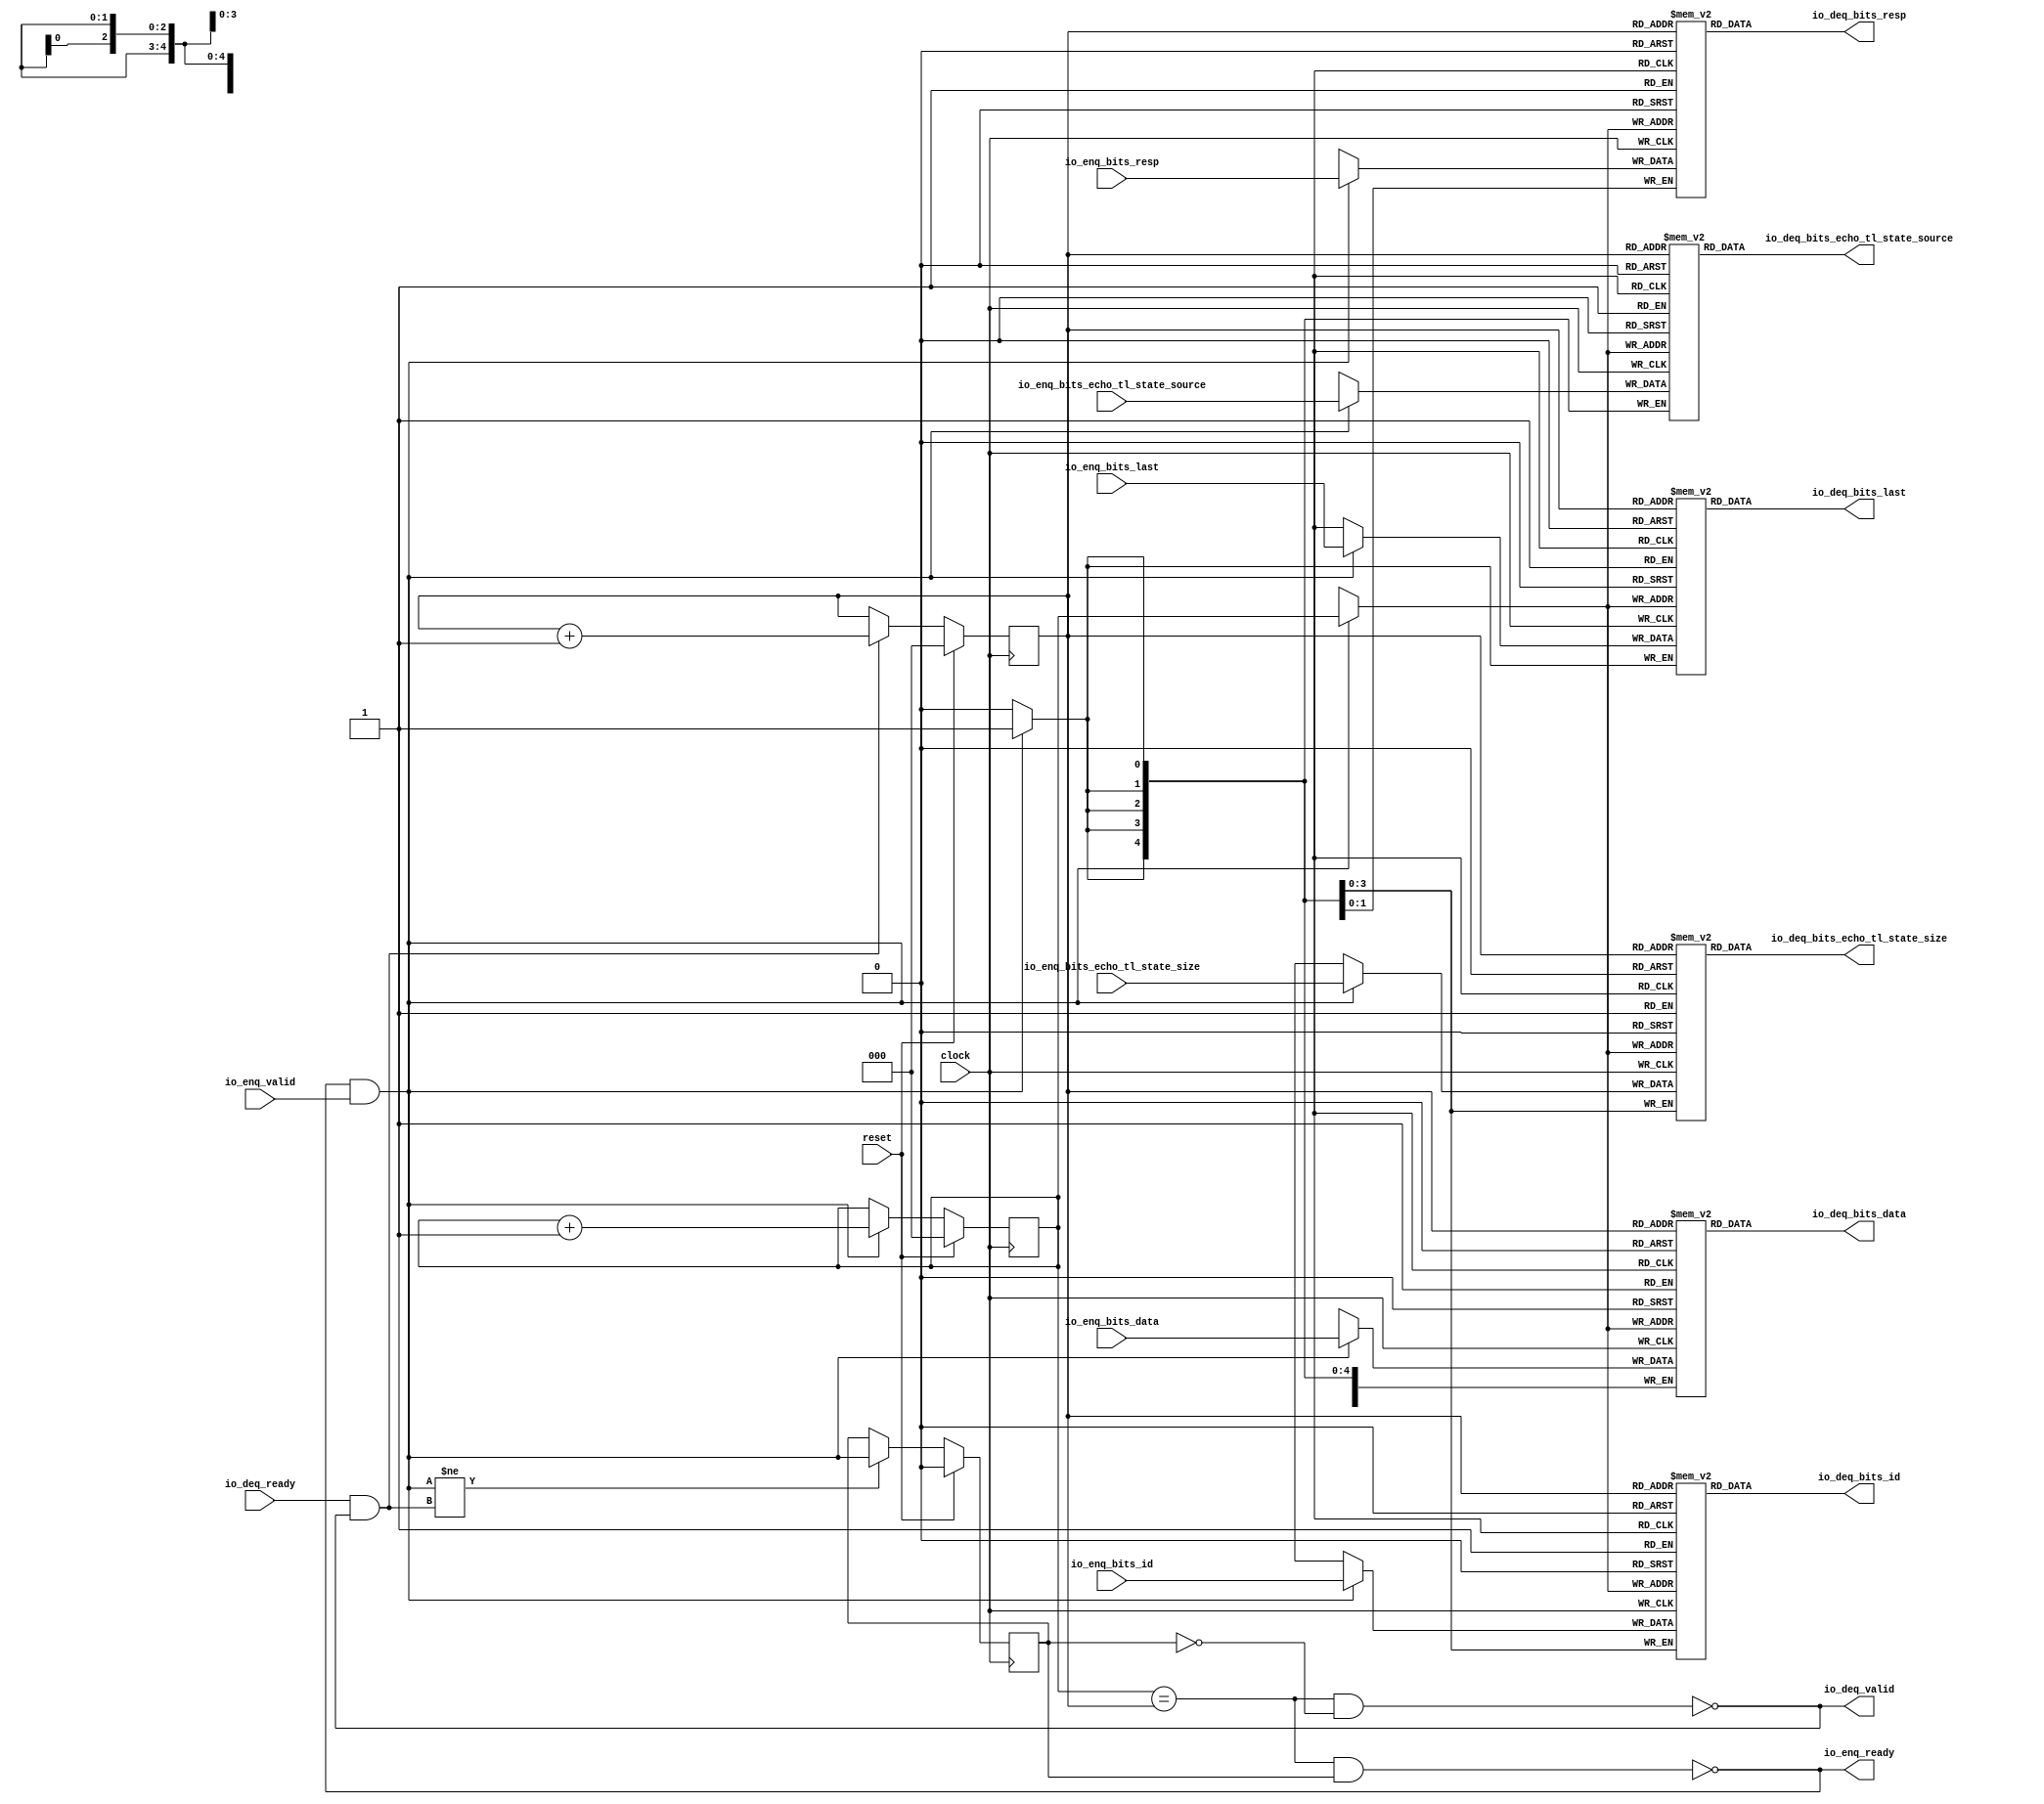
module Queue_5(
  input         clock,
  input         reset,
  output        io_enq_ready,
  input         io_enq_valid,
  input  [3:0]  io_enq_bits_id,
  input  [63:0] io_enq_bits_data,
  input  [1:0]  io_enq_bits_resp,
  input  [3:0]  io_enq_bits_echo_tl_state_size,
  input  [4:0]  io_enq_bits_echo_tl_state_source,
  input         io_enq_bits_last,
  input         io_deq_ready,
  output        io_deq_valid,
  output [3:0]  io_deq_bits_id,
  output [63:0] io_deq_bits_data,
  output [1:0]  io_deq_bits_resp,
  output [3:0]  io_deq_bits_echo_tl_state_size,
  output [4:0]  io_deq_bits_echo_tl_state_source,
  output        io_deq_bits_last
);
`ifdef RANDOMIZE_MEM_INIT
  reg [31:0] _RAND_0;
  reg [63:0] _RAND_1;
  reg [31:0] _RAND_2;
  reg [31:0] _RAND_3;
  reg [31:0] _RAND_4;
  reg [31:0] _RAND_5;
`endif // RANDOMIZE_MEM_INIT
`ifdef RANDOMIZE_REG_INIT
  reg [31:0] _RAND_6;
  reg [31:0] _RAND_7;
  reg [31:0] _RAND_8;
`endif // RANDOMIZE_REG_INIT
  reg [3:0] ram_id [0:7]; // @[Decoupled.scala 259:95]
  wire  ram_id_io_deq_bits_MPORT_en; // @[Decoupled.scala 259:95]
  wire [2:0] ram_id_io_deq_bits_MPORT_addr; // @[Decoupled.scala 259:95]
  wire [3:0] ram_id_io_deq_bits_MPORT_data; // @[Decoupled.scala 259:95]
  wire [3:0] ram_id_MPORT_data; // @[Decoupled.scala 259:95]
  wire [2:0] ram_id_MPORT_addr; // @[Decoupled.scala 259:95]
  wire  ram_id_MPORT_mask; // @[Decoupled.scala 259:95]
  wire  ram_id_MPORT_en; // @[Decoupled.scala 259:95]
  reg [63:0] ram_data [0:7]; // @[Decoupled.scala 259:95]
  wire  ram_data_io_deq_bits_MPORT_en; // @[Decoupled.scala 259:95]
  wire [2:0] ram_data_io_deq_bits_MPORT_addr; // @[Decoupled.scala 259:95]
  wire [63:0] ram_data_io_deq_bits_MPORT_data; // @[Decoupled.scala 259:95]
  wire [63:0] ram_data_MPORT_data; // @[Decoupled.scala 259:95]
  wire [2:0] ram_data_MPORT_addr; // @[Decoupled.scala 259:95]
  wire  ram_data_MPORT_mask; // @[Decoupled.scala 259:95]
  wire  ram_data_MPORT_en; // @[Decoupled.scala 259:95]
  reg [1:0] ram_resp [0:7]; // @[Decoupled.scala 259:95]
  wire  ram_resp_io_deq_bits_MPORT_en; // @[Decoupled.scala 259:95]
  wire [2:0] ram_resp_io_deq_bits_MPORT_addr; // @[Decoupled.scala 259:95]
  wire [1:0] ram_resp_io_deq_bits_MPORT_data; // @[Decoupled.scala 259:95]
  wire [1:0] ram_resp_MPORT_data; // @[Decoupled.scala 259:95]
  wire [2:0] ram_resp_MPORT_addr; // @[Decoupled.scala 259:95]
  wire  ram_resp_MPORT_mask; // @[Decoupled.scala 259:95]
  wire  ram_resp_MPORT_en; // @[Decoupled.scala 259:95]
  reg [3:0] ram_echo_tl_state_size [0:7]; // @[Decoupled.scala 259:95]
  wire  ram_echo_tl_state_size_io_deq_bits_MPORT_en; // @[Decoupled.scala 259:95]
  wire [2:0] ram_echo_tl_state_size_io_deq_bits_MPORT_addr; // @[Decoupled.scala 259:95]
  wire [3:0] ram_echo_tl_state_size_io_deq_bits_MPORT_data; // @[Decoupled.scala 259:95]
  wire [3:0] ram_echo_tl_state_size_MPORT_data; // @[Decoupled.scala 259:95]
  wire [2:0] ram_echo_tl_state_size_MPORT_addr; // @[Decoupled.scala 259:95]
  wire  ram_echo_tl_state_size_MPORT_mask; // @[Decoupled.scala 259:95]
  wire  ram_echo_tl_state_size_MPORT_en; // @[Decoupled.scala 259:95]
  reg [4:0] ram_echo_tl_state_source [0:7]; // @[Decoupled.scala 259:95]
  wire  ram_echo_tl_state_source_io_deq_bits_MPORT_en; // @[Decoupled.scala 259:95]
  wire [2:0] ram_echo_tl_state_source_io_deq_bits_MPORT_addr; // @[Decoupled.scala 259:95]
  wire [4:0] ram_echo_tl_state_source_io_deq_bits_MPORT_data; // @[Decoupled.scala 259:95]
  wire [4:0] ram_echo_tl_state_source_MPORT_data; // @[Decoupled.scala 259:95]
  wire [2:0] ram_echo_tl_state_source_MPORT_addr; // @[Decoupled.scala 259:95]
  wire  ram_echo_tl_state_source_MPORT_mask; // @[Decoupled.scala 259:95]
  wire  ram_echo_tl_state_source_MPORT_en; // @[Decoupled.scala 259:95]
  reg  ram_last [0:7]; // @[Decoupled.scala 259:95]
  wire  ram_last_io_deq_bits_MPORT_en; // @[Decoupled.scala 259:95]
  wire [2:0] ram_last_io_deq_bits_MPORT_addr; // @[Decoupled.scala 259:95]
  wire  ram_last_io_deq_bits_MPORT_data; // @[Decoupled.scala 259:95]
  wire  ram_last_MPORT_data; // @[Decoupled.scala 259:95]
  wire [2:0] ram_last_MPORT_addr; // @[Decoupled.scala 259:95]
  wire  ram_last_MPORT_mask; // @[Decoupled.scala 259:95]
  wire  ram_last_MPORT_en; // @[Decoupled.scala 259:95]
  reg [2:0] enq_ptr_value; // @[Counter.scala 62:40]
  reg [2:0] deq_ptr_value; // @[Counter.scala 62:40]
  reg  maybe_full; // @[Decoupled.scala 262:27]
  wire  ptr_match = enq_ptr_value == deq_ptr_value; // @[Decoupled.scala 263:33]
  wire  empty = ptr_match & ~maybe_full; // @[Decoupled.scala 264:25]
  wire  full = ptr_match & maybe_full; // @[Decoupled.scala 265:24]
  wire  do_enq = io_enq_ready & io_enq_valid; // @[Decoupled.scala 50:35]
  wire  do_deq = io_deq_ready & io_deq_valid; // @[Decoupled.scala 50:35]
  wire [2:0] _value_T_1 = enq_ptr_value + 3'h1; // @[Counter.scala 78:24]
  wire [2:0] _value_T_3 = deq_ptr_value + 3'h1; // @[Counter.scala 78:24]
  assign ram_id_io_deq_bits_MPORT_en = 1'h1;
  assign ram_id_io_deq_bits_MPORT_addr = deq_ptr_value;
  assign ram_id_io_deq_bits_MPORT_data = ram_id[ram_id_io_deq_bits_MPORT_addr]; // @[Decoupled.scala 259:95]
  assign ram_id_MPORT_data = io_enq_bits_id;
  assign ram_id_MPORT_addr = enq_ptr_value;
  assign ram_id_MPORT_mask = 1'h1;
  assign ram_id_MPORT_en = io_enq_ready & io_enq_valid;
  assign ram_data_io_deq_bits_MPORT_en = 1'h1;
  assign ram_data_io_deq_bits_MPORT_addr = deq_ptr_value;
  assign ram_data_io_deq_bits_MPORT_data = ram_data[ram_data_io_deq_bits_MPORT_addr]; // @[Decoupled.scala 259:95]
  assign ram_data_MPORT_data = io_enq_bits_data;
  assign ram_data_MPORT_addr = enq_ptr_value;
  assign ram_data_MPORT_mask = 1'h1;
  assign ram_data_MPORT_en = io_enq_ready & io_enq_valid;
  assign ram_resp_io_deq_bits_MPORT_en = 1'h1;
  assign ram_resp_io_deq_bits_MPORT_addr = deq_ptr_value;
  assign ram_resp_io_deq_bits_MPORT_data = ram_resp[ram_resp_io_deq_bits_MPORT_addr]; // @[Decoupled.scala 259:95]
  assign ram_resp_MPORT_data = io_enq_bits_resp;
  assign ram_resp_MPORT_addr = enq_ptr_value;
  assign ram_resp_MPORT_mask = 1'h1;
  assign ram_resp_MPORT_en = io_enq_ready & io_enq_valid;
  assign ram_echo_tl_state_size_io_deq_bits_MPORT_en = 1'h1;
  assign ram_echo_tl_state_size_io_deq_bits_MPORT_addr = deq_ptr_value;
  assign ram_echo_tl_state_size_io_deq_bits_MPORT_data =
    ram_echo_tl_state_size[ram_echo_tl_state_size_io_deq_bits_MPORT_addr]; // @[Decoupled.scala 259:95]
  assign ram_echo_tl_state_size_MPORT_data = io_enq_bits_echo_tl_state_size;
  assign ram_echo_tl_state_size_MPORT_addr = enq_ptr_value;
  assign ram_echo_tl_state_size_MPORT_mask = 1'h1;
  assign ram_echo_tl_state_size_MPORT_en = io_enq_ready & io_enq_valid;
  assign ram_echo_tl_state_source_io_deq_bits_MPORT_en = 1'h1;
  assign ram_echo_tl_state_source_io_deq_bits_MPORT_addr = deq_ptr_value;
  assign ram_echo_tl_state_source_io_deq_bits_MPORT_data =
    ram_echo_tl_state_source[ram_echo_tl_state_source_io_deq_bits_MPORT_addr]; // @[Decoupled.scala 259:95]
  assign ram_echo_tl_state_source_MPORT_data = io_enq_bits_echo_tl_state_source;
  assign ram_echo_tl_state_source_MPORT_addr = enq_ptr_value;
  assign ram_echo_tl_state_source_MPORT_mask = 1'h1;
  assign ram_echo_tl_state_source_MPORT_en = io_enq_ready & io_enq_valid;
  assign ram_last_io_deq_bits_MPORT_en = 1'h1;
  assign ram_last_io_deq_bits_MPORT_addr = deq_ptr_value;
  assign ram_last_io_deq_bits_MPORT_data = ram_last[ram_last_io_deq_bits_MPORT_addr]; // @[Decoupled.scala 259:95]
  assign ram_last_MPORT_data = io_enq_bits_last;
  assign ram_last_MPORT_addr = enq_ptr_value;
  assign ram_last_MPORT_mask = 1'h1;
  assign ram_last_MPORT_en = io_enq_ready & io_enq_valid;
  assign io_enq_ready = ~full; // @[Decoupled.scala 289:19]
  assign io_deq_valid = ~empty; // @[Decoupled.scala 288:19]
  assign io_deq_bits_id = ram_id_io_deq_bits_MPORT_data; // @[Decoupled.scala 296:17]
  assign io_deq_bits_data = ram_data_io_deq_bits_MPORT_data; // @[Decoupled.scala 296:17]
  assign io_deq_bits_resp = ram_resp_io_deq_bits_MPORT_data; // @[Decoupled.scala 296:17]
  assign io_deq_bits_echo_tl_state_size = ram_echo_tl_state_size_io_deq_bits_MPORT_data; // @[Decoupled.scala 296:17]
  assign io_deq_bits_echo_tl_state_source = ram_echo_tl_state_source_io_deq_bits_MPORT_data; // @[Decoupled.scala 296:17]
  assign io_deq_bits_last = ram_last_io_deq_bits_MPORT_data; // @[Decoupled.scala 296:17]
  always @(posedge clock) begin
    if (ram_id_MPORT_en & ram_id_MPORT_mask) begin
      ram_id[ram_id_MPORT_addr] <= ram_id_MPORT_data; // @[Decoupled.scala 259:95]
    end
    if (ram_data_MPORT_en & ram_data_MPORT_mask) begin
      ram_data[ram_data_MPORT_addr] <= ram_data_MPORT_data; // @[Decoupled.scala 259:95]
    end
    if (ram_resp_MPORT_en & ram_resp_MPORT_mask) begin
      ram_resp[ram_resp_MPORT_addr] <= ram_resp_MPORT_data; // @[Decoupled.scala 259:95]
    end
    if (ram_echo_tl_state_size_MPORT_en & ram_echo_tl_state_size_MPORT_mask) begin
      ram_echo_tl_state_size[ram_echo_tl_state_size_MPORT_addr] <= ram_echo_tl_state_size_MPORT_data; // @[Decoupled.scala 259:95]
    end
    if (ram_echo_tl_state_source_MPORT_en & ram_echo_tl_state_source_MPORT_mask) begin
      ram_echo_tl_state_source[ram_echo_tl_state_source_MPORT_addr] <= ram_echo_tl_state_source_MPORT_data; // @[Decoupled.scala 259:95]
    end
    if (ram_last_MPORT_en & ram_last_MPORT_mask) begin
      ram_last[ram_last_MPORT_addr] <= ram_last_MPORT_data; // @[Decoupled.scala 259:95]
    end
    if (reset) begin // @[Counter.scala 62:40]
      enq_ptr_value <= 3'h0; // @[Counter.scala 62:40]
    end else if (do_enq) begin // @[Decoupled.scala 272:16]
      enq_ptr_value <= _value_T_1; // @[Counter.scala 78:15]
    end
    if (reset) begin // @[Counter.scala 62:40]
      deq_ptr_value <= 3'h0; // @[Counter.scala 62:40]
    end else if (do_deq) begin // @[Decoupled.scala 276:16]
      deq_ptr_value <= _value_T_3; // @[Counter.scala 78:15]
    end
    if (reset) begin // @[Decoupled.scala 262:27]
      maybe_full <= 1'h0; // @[Decoupled.scala 262:27]
    end else if (do_enq != do_deq) begin // @[Decoupled.scala 279:27]
      maybe_full <= do_enq; // @[Decoupled.scala 280:16]
    end
  end
// Register and memory initialization
`ifdef RANDOMIZE_GARBAGE_ASSIGN
`define RANDOMIZE
`endif
`ifdef RANDOMIZE_INVALID_ASSIGN
`define RANDOMIZE
`endif
`ifdef RANDOMIZE_REG_INIT
`define RANDOMIZE
`endif
`ifdef RANDOMIZE_MEM_INIT
`define RANDOMIZE
`endif
`ifndef RANDOM
`define RANDOM $random
`endif
`ifdef RANDOMIZE_MEM_INIT
  integer initvar;
`endif
`ifndef SYNTHESIS
`ifdef FIRRTL_BEFORE_INITIAL
`FIRRTL_BEFORE_INITIAL
`endif
initial begin
  `ifdef RANDOMIZE
    `ifdef INIT_RANDOM
      `INIT_RANDOM
    `endif
    `ifndef VERILATOR
      `ifdef RANDOMIZE_DELAY
        #`RANDOMIZE_DELAY begin end
      `else
        #0.002 begin end
      `endif
    `endif
`ifdef RANDOMIZE_MEM_INIT
  _RAND_0 = {1{`RANDOM}};
  for (initvar = 0; initvar < 8; initvar = initvar+1)
    ram_id[initvar] = _RAND_0[3:0];
  _RAND_1 = {2{`RANDOM}};
  for (initvar = 0; initvar < 8; initvar = initvar+1)
    ram_data[initvar] = _RAND_1[63:0];
  _RAND_2 = {1{`RANDOM}};
  for (initvar = 0; initvar < 8; initvar = initvar+1)
    ram_resp[initvar] = _RAND_2[1:0];
  _RAND_3 = {1{`RANDOM}};
  for (initvar = 0; initvar < 8; initvar = initvar+1)
    ram_echo_tl_state_size[initvar] = _RAND_3[3:0];
  _RAND_4 = {1{`RANDOM}};
  for (initvar = 0; initvar < 8; initvar = initvar+1)
    ram_echo_tl_state_source[initvar] = _RAND_4[4:0];
  _RAND_5 = {1{`RANDOM}};
  for (initvar = 0; initvar < 8; initvar = initvar+1)
    ram_last[initvar] = _RAND_5[0:0];
`endif // RANDOMIZE_MEM_INIT
`ifdef RANDOMIZE_REG_INIT
  _RAND_6 = {1{`RANDOM}};
  enq_ptr_value = _RAND_6[2:0];
  _RAND_7 = {1{`RANDOM}};
  deq_ptr_value = _RAND_7[2:0];
  _RAND_8 = {1{`RANDOM}};
  maybe_full = _RAND_8[0:0];
`endif // RANDOMIZE_REG_INIT
  `endif // RANDOMIZE
end // initial
`ifdef FIRRTL_AFTER_INITIAL
`FIRRTL_AFTER_INITIAL
`endif
`endif // SYNTHESIS
endmodule